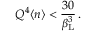
Q ^ { 4 } \langle n \rangle < \frac { 3 0 } { \beta _ { \mathrm { L } } ^ { 3 } } \, .